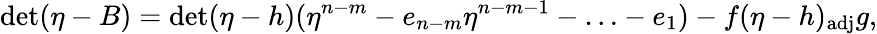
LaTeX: \operatorname*{det}(\eta-B)=\operatorname*{det}(\eta-h)(\eta^{n-m}-e_{n-m}\eta^{n-m-1}-\ldots-e_{1})-f(\eta-h)_{\mathrm{adj}}g,